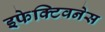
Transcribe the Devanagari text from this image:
इफेक्टिवनेस